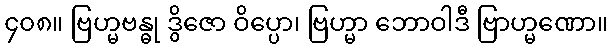
၄၀၈။ ဗြဟ္မဗန္ဓု ဒွိဇော ဝိပ္ပော၊ ဗြဟ္မာ ဘောဝါဒီ ဗြာဟ္မဏော။